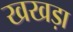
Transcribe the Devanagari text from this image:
खखड़ा